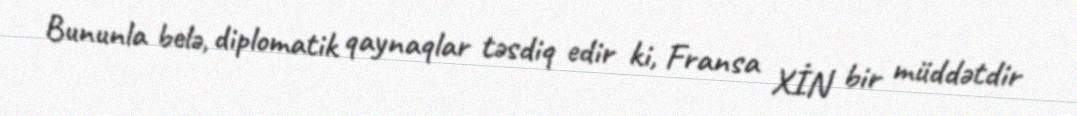
Bununla belə, diplomatik qaynaqlar təsdiq edir ki, Fransa XİN bir müddətdir